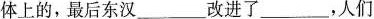
体上的，最后东汉___改进了___，人们